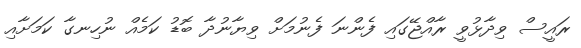
ރައީސް ވިދާޅުވީ ރާއްޖޭގައި ފެންނަ ފެނުމަށް ވިޔާނުދާ ބޮޑު ކަމެއް ނުހިނގާ ކަމަށާއި